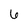
Character: 6